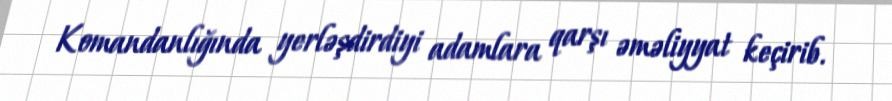
Komandanlığında yerləşdirdiyi adamlara qarşı əməliyyat keçirib.